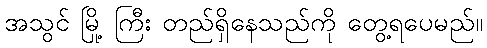
အသွင် မြို့ ကြီး တည်ရှိနေသည်ကို တွေ့ရပေမည်။